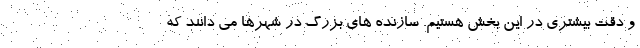
و دقت بیشتری در این بخش هستیم. سازنده های بزرگ در شهرها می دانند که